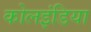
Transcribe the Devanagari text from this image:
कोलइंडिया